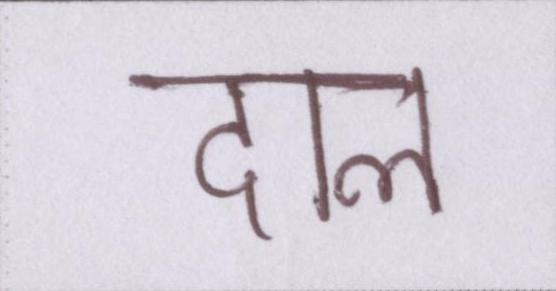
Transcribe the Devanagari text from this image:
दाल